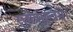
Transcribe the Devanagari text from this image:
स्तोत्रमन्त्रम्।